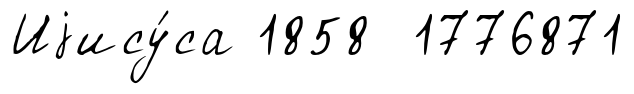
Иjису́са 1858 1776871